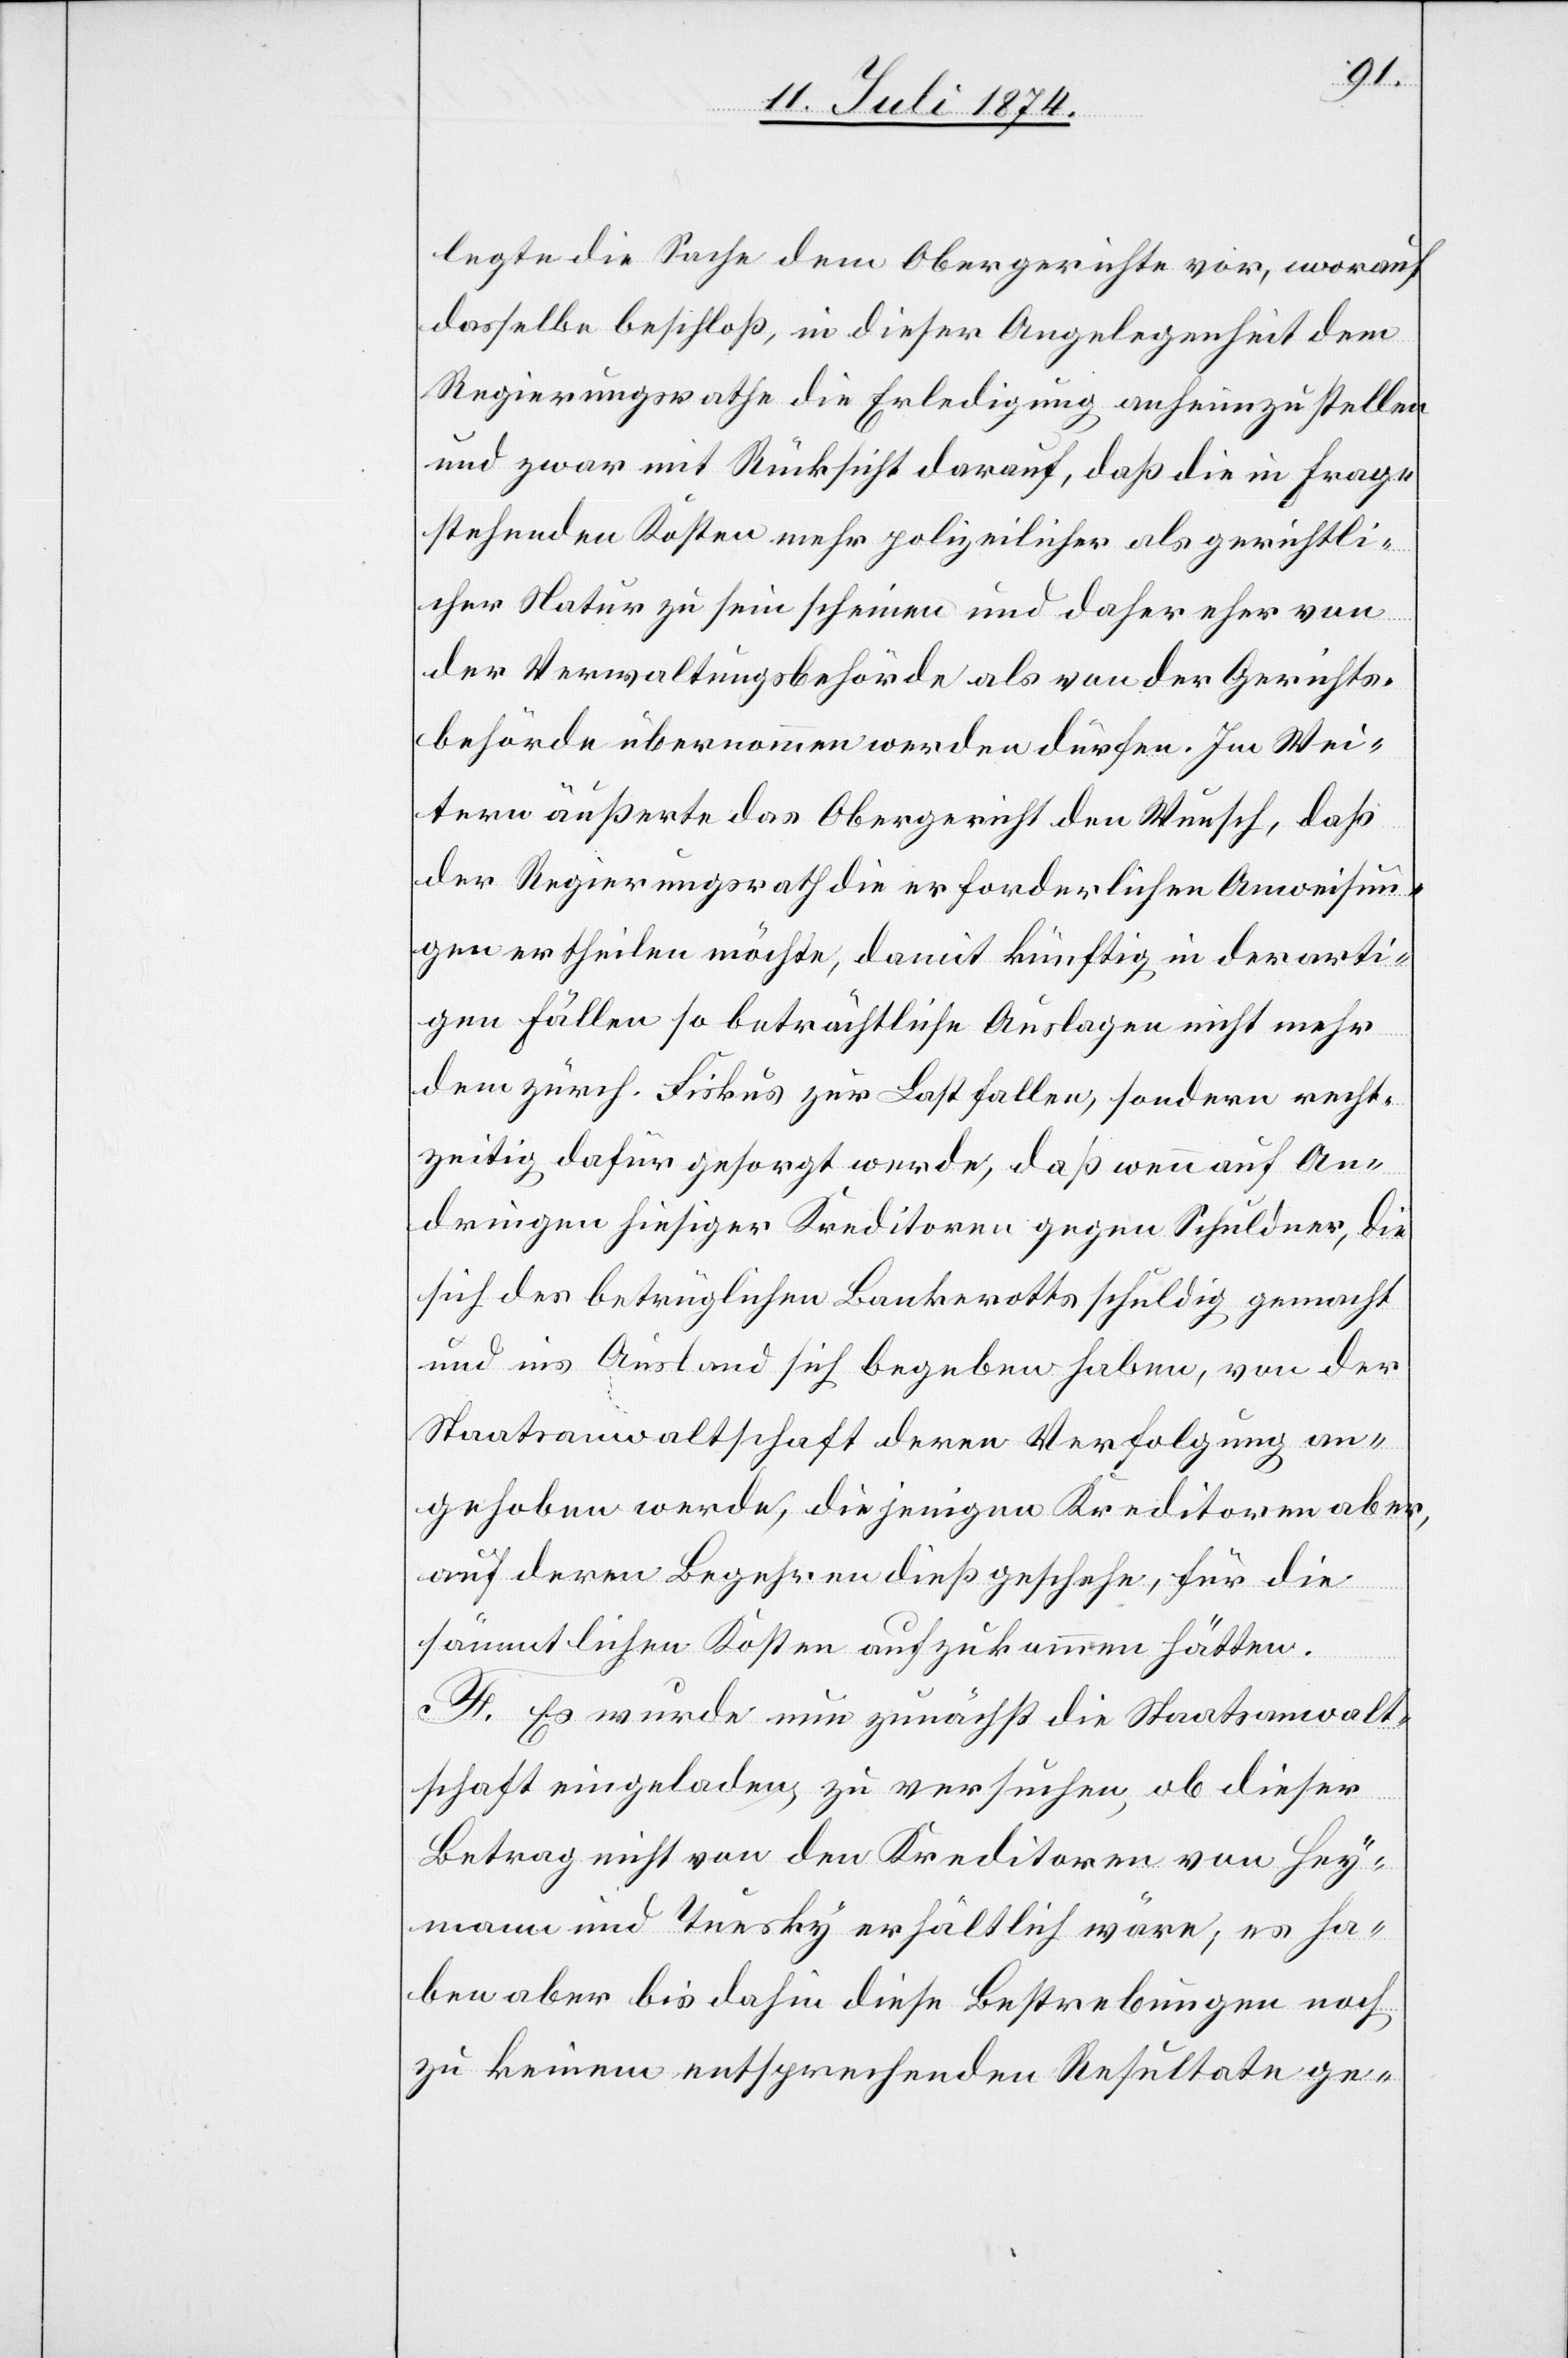
legte die Sache dem Obergerichte vor, worauf
dasselbe beschloß, in dieser Angelegenheit dem
Regierungsrathe die Erledigung anheimzustellen
und zwar mit Rücksicht darauf, daß die in Frage
stehenden Kosten mehr polizeilicher als gerichtli¬
cher Natur zu sein scheinen und daher eher von
der Verwaltungsbehörde als von der Gerichts¬
behörde übernommen werden dürfen. Im Wei¬
tern äußerte das Obergericht den Wunsch, daß
der Regierungsrath die erforderlichen Anweisun¬
gen ertheilen möchte, damit künftig in derarti¬
gen Fällen so beträchtliche Auslagen nicht mehr
dem zürch. Fiskus zur Last fallen, sondern recht¬
zeitig dafür gesorgt werde, daß wenn auf An¬
dringen hiesiger Kreditoren gegen Schuldner, die
sich des betrüglichen Bankerotts schuldig gemacht
und ins Ausland sich begeben haben, von der
Staatsanwaltschaft deren Verfolgung an¬
gehoben werde, diejenigen Kreditoren aber,
auf deren Begehren dieß geschehe, für die
sämmtlichen Kosten aufzukommen hätten.
F. Es wurde nun zunächst die Staatsanwalt¬
schaft eingeladen, zu versuchen, ob dieser
Betrag nicht von den Kreditoren von Hey¬
mann und Tuesky erhältlich wäre, es ha¬
ben aber bis dahin diese Bestrebungen noch
zu keinem entsprechenden Resultate ge-